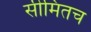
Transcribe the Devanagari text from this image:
सीमितच